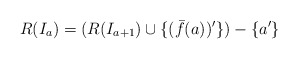
\begin{align*}R(I_a) = (R(I_{a+1}) \cup \{(\bar{f}(a))'\}) - \{a'\}\end{align*}